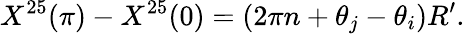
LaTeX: X^{25}(\pi)-X^{25}(0)=(2\pi n+\theta_{j}-\theta_{i})R^{\prime}.